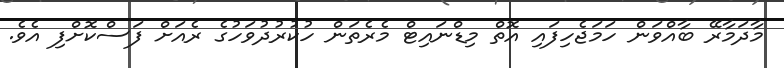
މާދަމާރޭ ބާއްވަން ހަމަޖެހިފައި އޮތް މިޑްނައިޓް މެރެތަން ހުކުރުދުވަހުގެ ރެއަށް ފަސްކޮށްފި އެވެ.